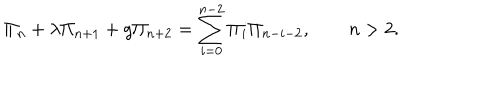
\Pi _ { n } + \lambda \Pi _ { n + 1 } + g \Pi _ { n + 2 } = \sum _ { i = 0 } ^ { n - 2 } \Pi _ { i } \Pi _ { n - i - 2 } , \qquad n > 2 .